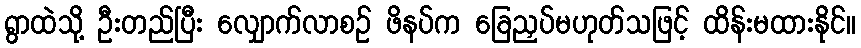
ရွာထဲသို့ ဦးတည်ပြီး လျှောက်လာစဉ် ဖိနပ်က ခြေညှပ်မဟုတ်သဖြင့် ထိန်းမထားနိုင်။